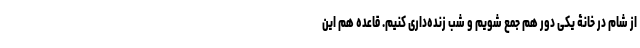
از شام در خانۀ یکی دور هم جمع شویم و شب زنده‌داری کنیم. قاعده هم این